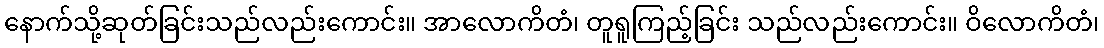
နောက်သို့ဆုတ်ခြင်းသည်လည်းကောင်း။ အာလောကိတံ၊ တူရူကြည့်ခြင်း သည်လည်းကောင်း။ ဝိလောကိတံ၊